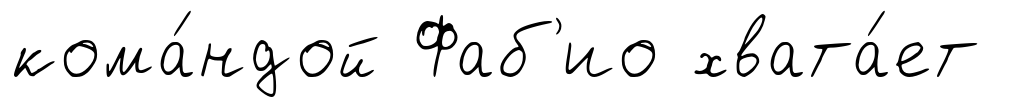
кома́ндой Фаб'ио хвата́ет